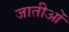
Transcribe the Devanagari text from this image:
जातीओं